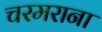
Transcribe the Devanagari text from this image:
चरमराना